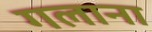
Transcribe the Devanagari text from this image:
गलाना